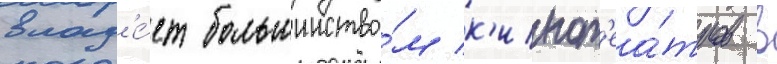
влад'е́ет большинство́м к'инот'еа́тров в